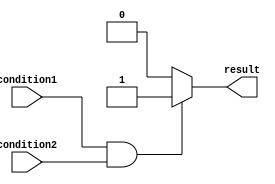
module if_else_statement(
    input wire condition1,
    input wire condition2,
    output reg result
);

always @(*)
begin
    if(condition1 && condition2) begin
        result = 1'b1; // if both conditions are true
    end
    else begin
        result = 1'b0; // if either of the conditions is false
    end
end

endmodule